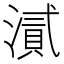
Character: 𭲘